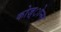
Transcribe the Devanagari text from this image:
कोज़्ोन्स